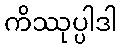
ကိဿုပ္ပါဒါ